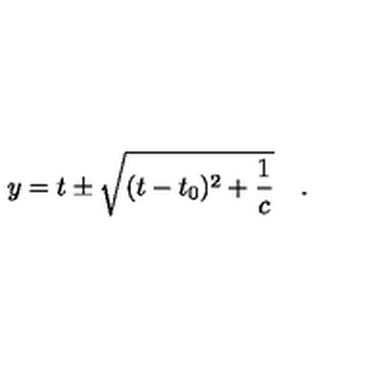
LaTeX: y = t \pm \sqrt { ( t - t _ { 0 } ) ^ { 2 } + \frac { 1 } { c } } \quad .